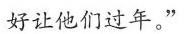
好让他们过年。”